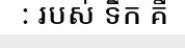
: របស់ ទឹក គឺ